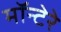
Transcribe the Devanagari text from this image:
मॉन्टेरे